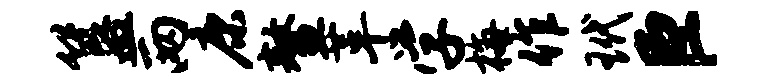
簋两康鳌革学梅作玳臣